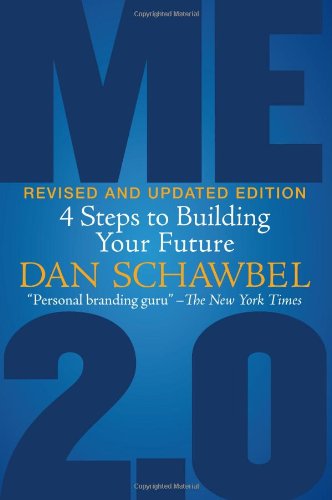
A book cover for Me 2.0, Revised and Updated Edition: 4 Steps to Building Your Future; Dan Schawbel; Computers & Technology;